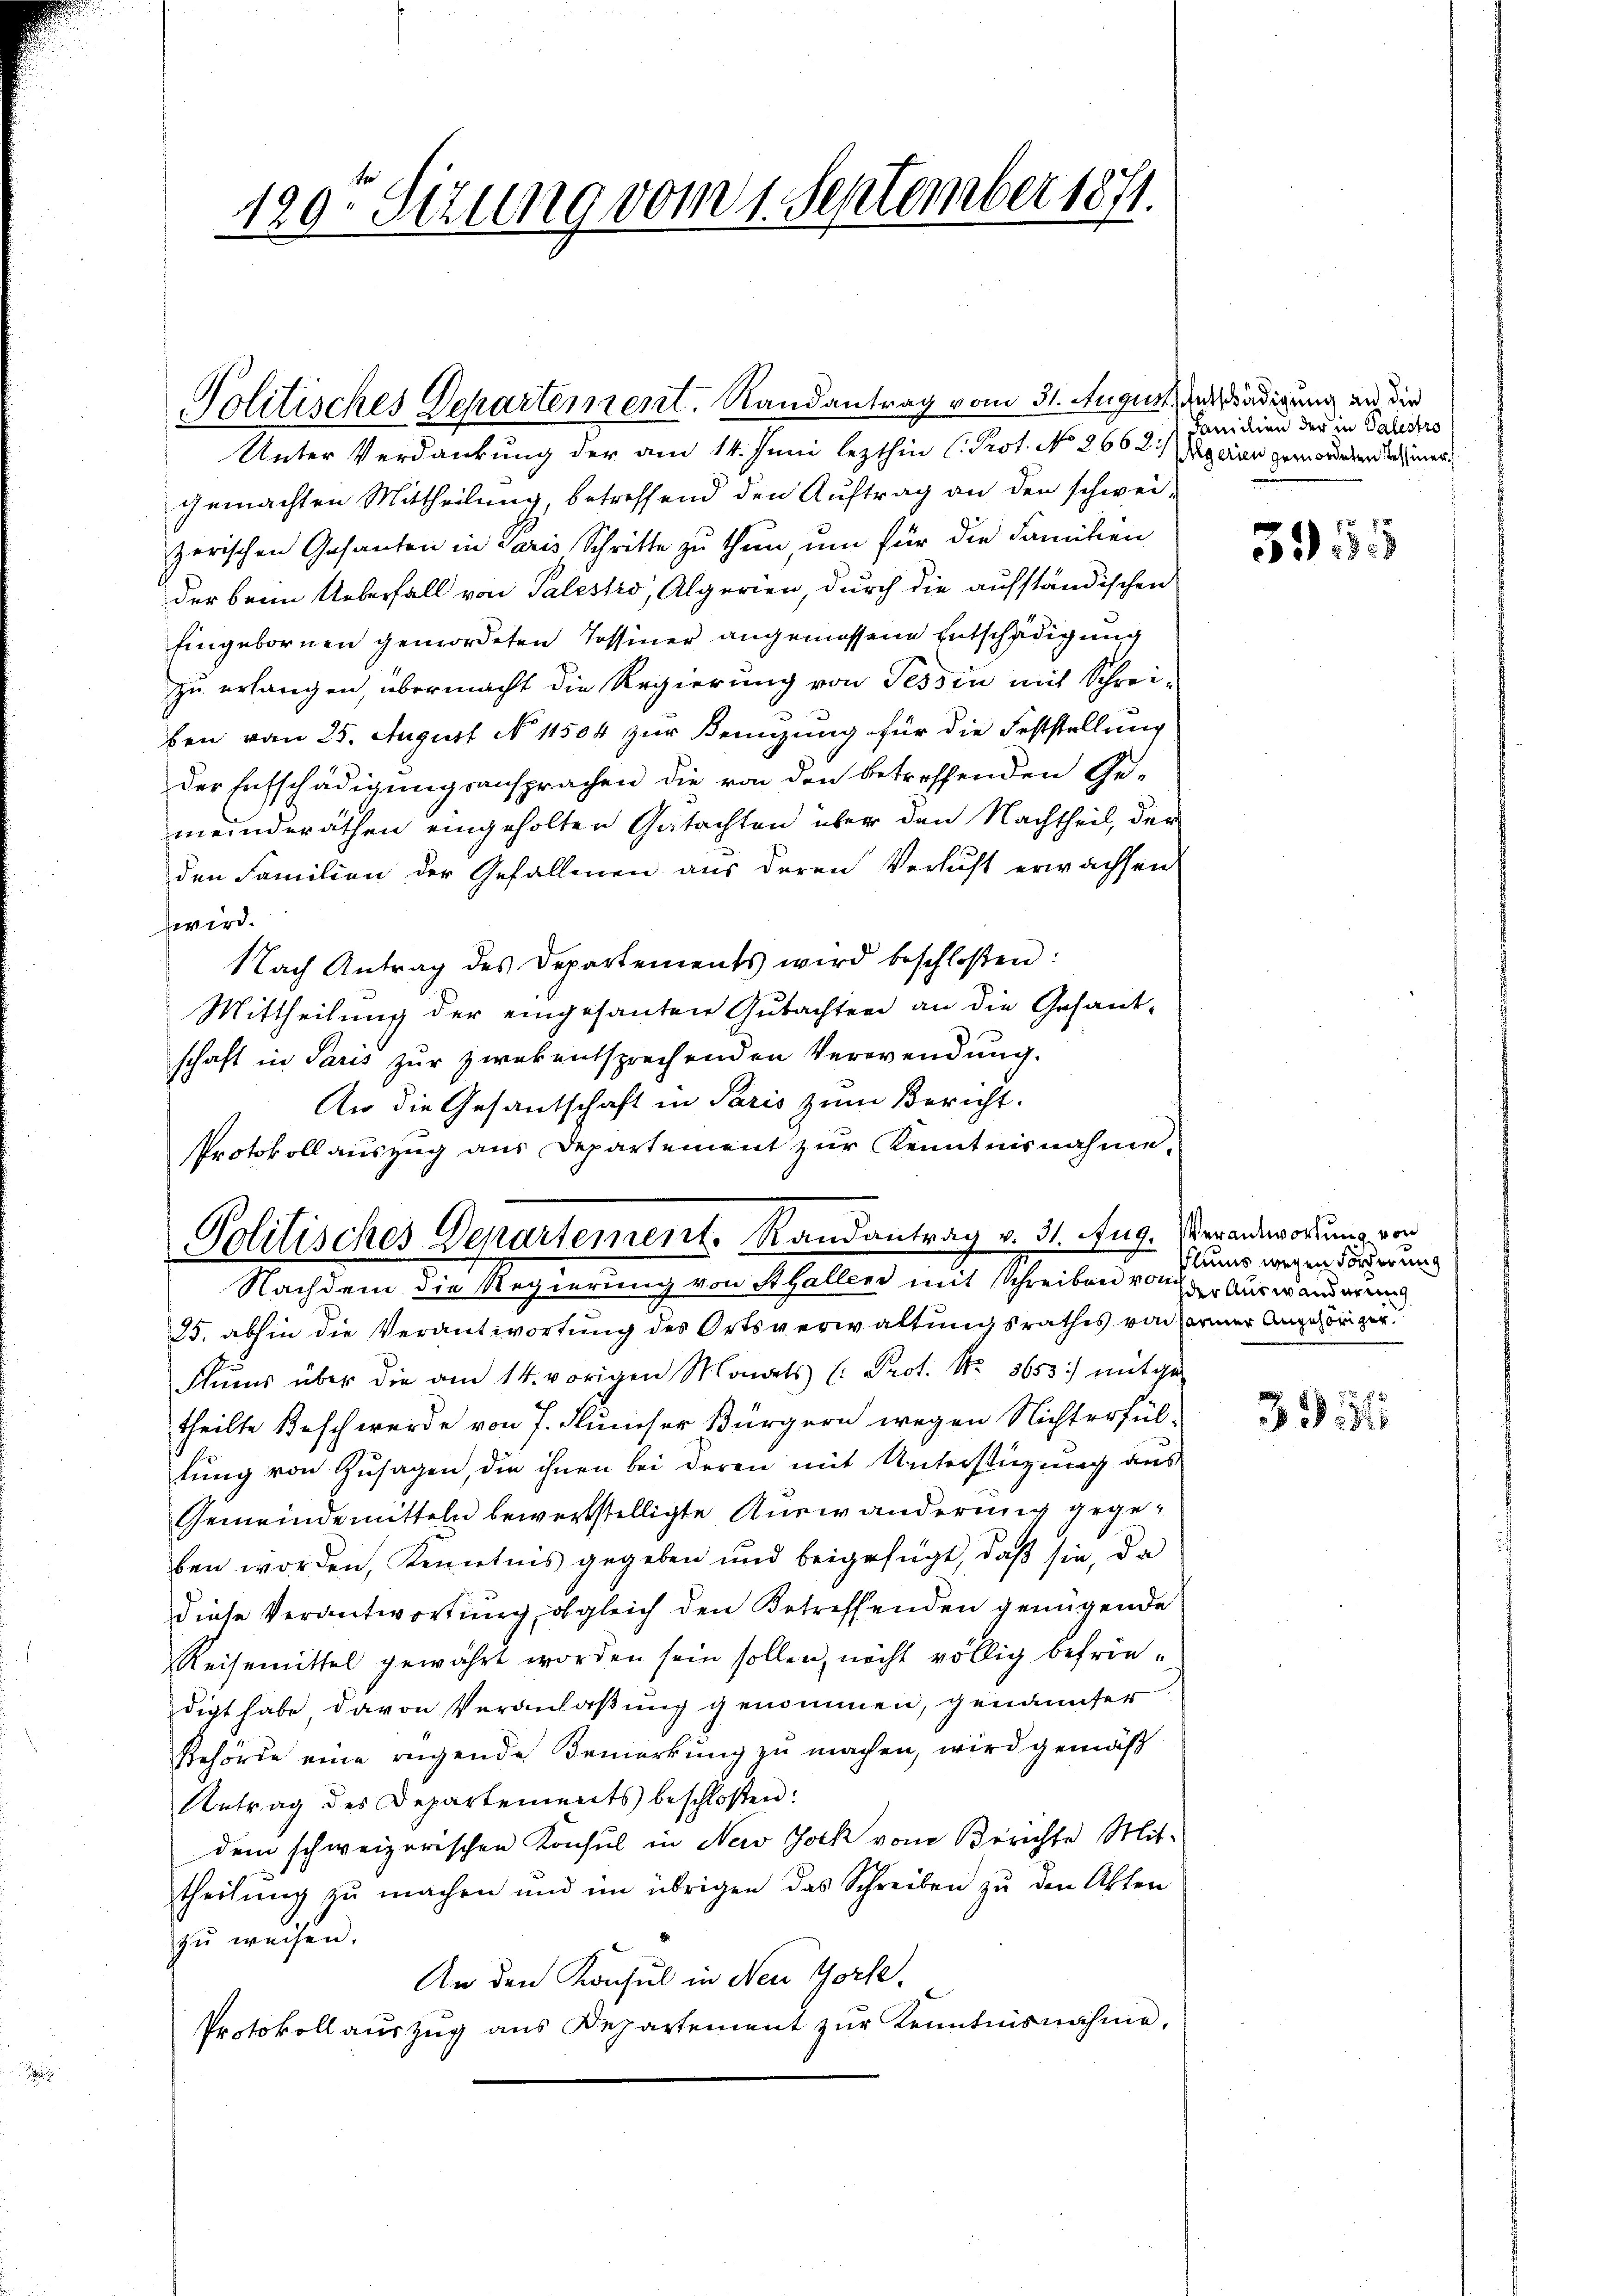
120. Sizung vom 1. September 1871.

Politisches Departement. Randantrag vom 31. August Geschädigung an die
Unter Verdankung der am 14. Juni lezthin C. Prot. No. 2662 gerin gewordetend ich einer
gemachten Mittheilung, betreffend den Auftrag an den schweizerischen Gesanten in Paris Schritte zu thun, um für die Familien
der beim Ueberfall von Palestro, Algerien, durch die aufständischen
Eingebornen gemordeten Tessiner angemessene Entschädigung
zu erlangen, übermacht die Regierung von Tessin mit Schrei-
ben vom 25. August No 11504 zur Kenzung für die Feststellung
der Entschädigungsansprachen die von den betreffenden Ge-
meinderäthen eingeholten Gutachten über den Nachtheil, der
den Familien der Gefallen aus deren Versicht erwachsen
wird.
Nach Antrag des Departements wird beschloßen:
Mittheilung der eingesanten Gutachten an die Gesant-
schaft in Paris zur zwekentsprechenden Verwendung.
An die Gesantschaft in Paris zum Bericht.
Protokoll auszug aus Departement zur Kenntnisnahme.
35. abhin die Verantwortung des Ortsverwaltungsrathes von Farmer Angehöriger.
Flŭms über die am 14. vorigen Monats (: Prot. No. 3653) mitge-
theilte Beschwerde von 7. Flumser Bürgern wegen Nichterfül-
tung von Zusagen, die ihnen bei deren mit Unterstüzung aus
Gemeindemitteln bewerkstelligte Auswänderung gegeben worden, Kenntnis gegeben und beigefügt, daß sie, da
diese Verantwortung, obgleich den Betreffenden genügende
Reisemittel gewährt worden sein sollen, nicht völlig befriedigt habe davon Veranlaßung genommen, genannter
Behörde eine regende Bemerkung zu machen, wird gemäß
Antrag des Departements beschlossen:
dem schweizerischen Konsul in Nerv Joch vom Berichte Mit-
theilŭng zŭ machen und im übrigen das Schreiben zŭ den Akten
zu weisen.
An den Konsul in New York,
Protokoll auszug aus Departement zur Kenntnisnahme,

Politisches Departement. Randantrag v. 31. Aug. Verandwörung von
Nachdem die Regierung von Stallen mit Schreiben von der Auswanderung

danidien der in Valestro

3955

Ptums wegen Forderung

33151